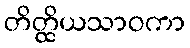
တိတ္ထိယသာဝကာ